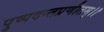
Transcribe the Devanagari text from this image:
पुष्पदन्तप्रणीतम्।।